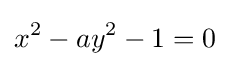
x^{2}-ay^{2}-1=0